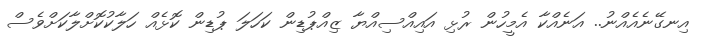
އިނގޭނެއެއްނު.. އަނެއްކާ އެމީހުން ރުޅި އައިއްސިއްޔާ ޒިއްޕުޑިން ކަހަލަ ޕުޑިން ކޮޅެއް ހަލާކުކޮށްލާކަށްވެސް